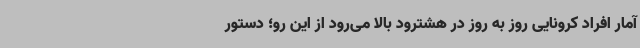
آمار افراد کرونایی روز به روز در هشترود بالا می‌رود از این رو؛ دستور